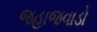
જહાજવાડો